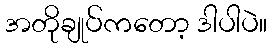
အတိုချုပ်ကတော့ ဒါပါပဲ။